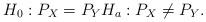
LaTeX: \begin{align*}H_0:P_X=P_Y H_a:P_X\neq P_Y. \end{align*}